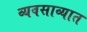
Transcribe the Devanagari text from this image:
व्यवसाव्यात